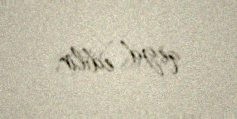
qeyd edilir.